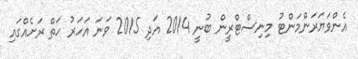
އެންވަޔަރަންމަންޓު މިނިސްޓްރީން ބުނީ 2014 އަދި 2015 ވަނަ އަހަރު ހަތް ރަށެއްގައި